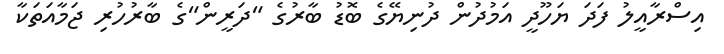
އިސްރާއީލު ފަދަ ޔަހޫދީ އަމުދުން ދުނިޔޭގެ ބޮޑު ބާރުގެ "ދަރީން"ގެ ބާރުހުރި ޖަމާއަތަކާ